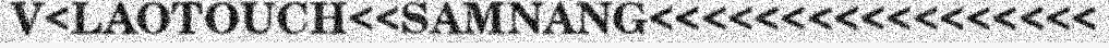
V<LAOTOUCH<<SAMNANG<<<<<<<<<<<<<<<<<